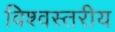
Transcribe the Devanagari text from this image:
विश्‍वस्तरीय